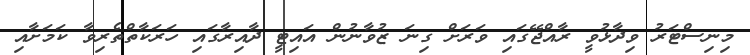
މިނިސްޓަރު ވިދާޅުވީ ރާއްޖޭގައި ވަރަށް ގިނަ ޒުވާނުން އައިޓީ ދާއިރާގައި ހަރަކާތްތެރިވާ ކަމަށާއި